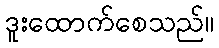
ဒူးထောက်စေသည်။